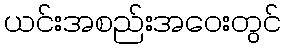
ယင်းအစည်းအဝေးတွင်